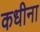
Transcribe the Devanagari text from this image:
कधीना